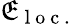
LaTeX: \mathfrak{E}_{\mathrm{{~l~o~c~.~}}}